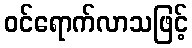
ဝင်ရောက်လာသဖြင့်